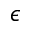
\epsilon